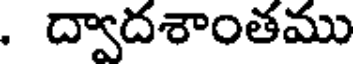
. ద్వాదశాంతము